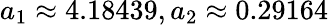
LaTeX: a_{1}\approx 4.18439,a_{2}\approx 0.29164